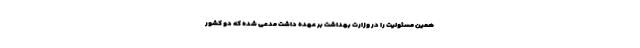
همین مسئولیت را در وزارت بهداشت بر عهده داشت مدعی شده که دو کشور